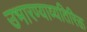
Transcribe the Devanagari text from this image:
उभारण्याव्यतिरिक्त